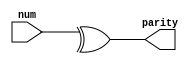
`timescale 1ns / 1ps
//////////////////////////////////////////////////////////////////////////////////
// Company: 
// Engineer: 
// 
// Design Name: 
// Module Name:    par 
// Project Name: 
// Target Devices: 
// Tool versions: 
// Description: 
//
// Dependencies: 
//
// Revision: 
// Revision 0.01 - File Created
// Additional Comments: 
//
//////////////////////////////////////////////////////////////////////////////////
module par(
    input [7:0] num,
    output parity
    );

assign parity = ^num;


endmodule